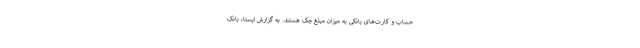
حساب و کارت‌های بانکی به میزان مبلغ چک هستند. به گزارش ایسنا، بانک